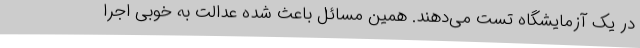
در یک آزمایشگاه تست می‌دهند. همین مسائل باعث شده عدالت به خوبی اجرا